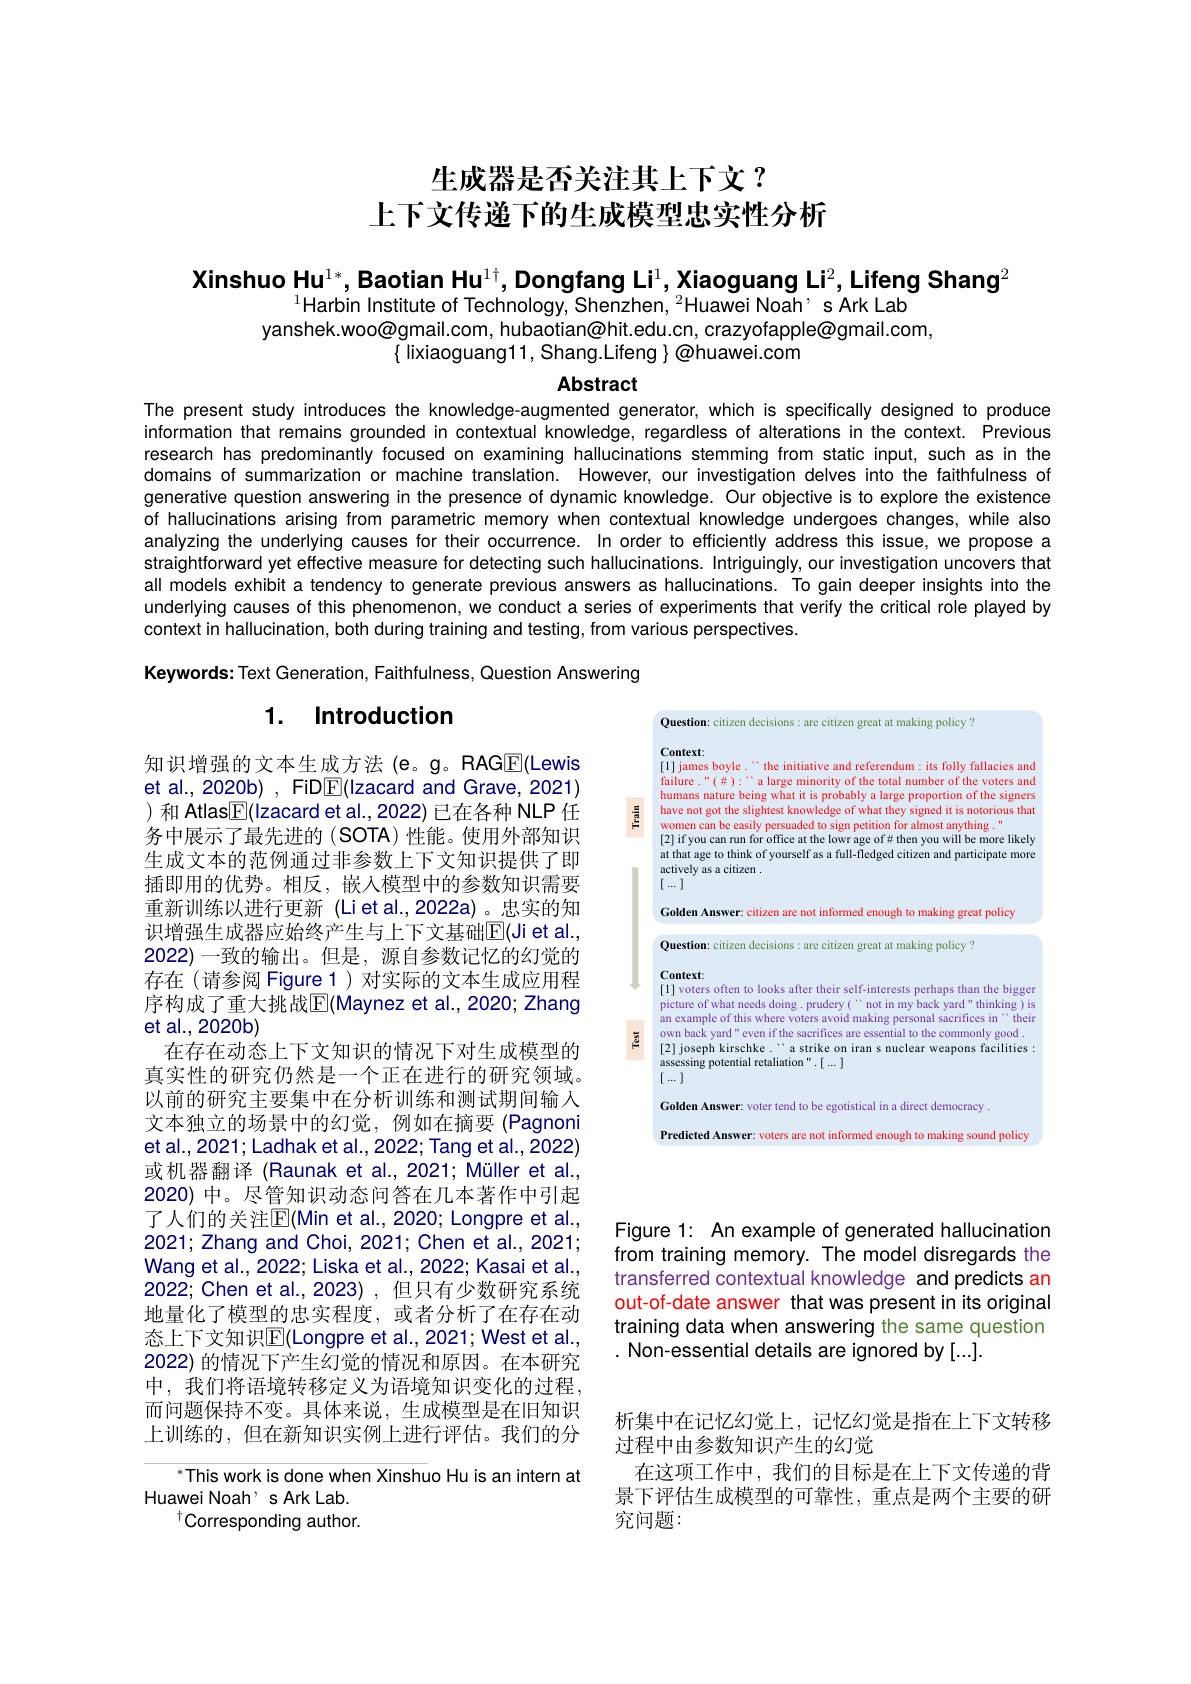
# 生成器是否关注其上下文？ 上下文传递下的生成模型忠实性分析

Xinshuo Hu$^{1*}$, Baotian Hu$^{1\dagger}$, Dongfang Li$^1$, Xiaoguang Li$^2$, Lifeng Shang$^2$
$^{1}$Harbin Institute of Technology, Shenzhen, $^2$Huawei Noah, s Ark Lab
yanshek.woo@gmail.com, hubaotian@hit.edu.cn, crazyofapple@gmail.com,
$\{$ lixiaoguang11, Shang.Lifeng $\}\textcircled{\text{@huawei.com}}$

Abstract

The present study introduces the knowledge-augmented generator, which is specifically designed to produce information that remains grounded in contextual knowledge, regardless of alterations in the context. Previous research has predominantly focused on examining hallucinations stemming from static input, such as in the domains of summarization or machine translation. However, our investigation delves into the faithfulness of generative question answering in the presence of dynamic knowledge. Our objective is to explore the existence of hallucinations arising from parametric memory when contextual knowledge undergoes changes, while also analyzing the underlying causes for their occurrence. In order to efficiently address this issue, we propose a straightforward yet effective measure for detecting such hallucinations. Intriguingly, our investigation uncovers that all models exhibit a tendency to generate previous answers as hallucinations. To gain deeper insights into the underlying causes of this phenomenon, we conduct a series of experiments that verify the critical role played by context in hallucination, both during training and testing, from various perspectives.

Keywords: Text Generation, Faithfulness, Question Answering

## 1. Introduction

<FigureHere>

知识增强的文本生成方法(e。g。RAGE(Lewis et al., 2020b) , FiDE(Izacard and Grave, 2021) ) 和 Atlas$\boxed{\mathbb{F}}($Izacard et al., 2022) 已在各种 NLP 任务中展示了最先进的(SOTA)性能。使用外部知识生成文本的范例通过非参数上下文知识提供了即插即用的优势。相反，嵌入模型中的参数知识需要重新训练以进行更新 (Lietal.,2022a)。忠实的知识增强生成器应始终产生与上下文基础$\overline{\mathbb{E}}($Ji et al., 2022)一致的输出。但是，源自参数记忆的幻觉的存在(请参阅 Figure 1)对实际的文本生成应用程序构成了重大挑战$\overline{\mathbb{E}}($Maynez et al., 2020; Zhang et al., 2020b)
在存在动态上下文知识的情况下对生成模型的真实性的研究仍然是一个正在进行的研究领域。以前的研究主要集中在分析训练和测试期间输入文本独立的场景中的幻觉，例如在摘要(Pagnoni et al., 2021; Ladhak et al., 2022; Tang et al., 2022) 或机器翻译 (Raunak et al., 2021; Müller et al., 2020) 中。尽管知识动态问答在几本著作中引起了人们的关注$\mathbb{E}($Min et al.,2020; Longpre et al., 2021; Zhang and Choi, 2021; Chen et al., 2021; Wang et al., 2022; Liska et al., 2022; Kasai et al., 2022; Chen et al.,2023) ,但只有少数研究系统地量化了模型的忠实程度，或者分析了在存在动态上下文知识$\mathbb{E}($Longpre et al., 2021; West et al., 2022) 的情况下产生幻觉的情况和原因。在本研究中，我们将语境转移定义为语境知识变化的过程， 而问题保持不变。具体来说，生成模型是在旧知识上训练的，但在新知识实例上进行评估。我们的分

Figure 1: An example of generated hallucination from training memory. The model disregards the transferred contextual knowledge and predicts an out-of-date answer that was present in its original training data when answering the same question . Non-essential details are ignored by [...].

析集中在记忆幻觉上，记忆幻觉是指在上下文转移
过程中由参数知识产生的幻觉
在这项工作中，我们的目标是在上下文传递的背景下评估生成模型的可靠性，重点是两个主要的研究究问题：

This work is done when Xinshuo Hu is an intern at
Huawei Noah' s Ark Lab.
$^{\dagger}$Corresponding author.